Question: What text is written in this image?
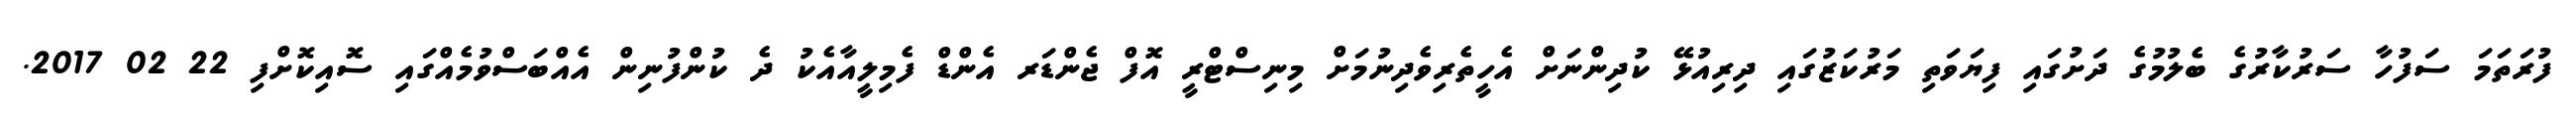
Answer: ފުރަތަމަ ސަފުހާ ސަރުކާރުގެ ބެލުމުގެ ދަށުގައި ފިޔަވަތި މަރުކަޒުގައި ދިރިއުޅޭ ކުދިންނަށް އެހީތެރިވެދިނުމަށް މިނިސްޓްރީ އޮފް ޖެންޑަރ އެންޑް ފެމިލީއާއެކު ދެ ކުންފުނިން އެއްބަސްވުމެއްގައި ސޮއިކޮށްފި 22 02 2017.